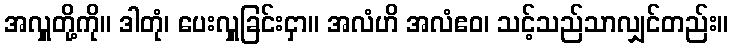
အလှူတို့ကို။ ဒါတုံ၊ ပေးလှူခြင်းငှာ။ အလံဟိ အလံဧဝ၊ သင့်သည်သာလျှင်တည်း။